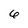
Character: 6